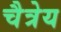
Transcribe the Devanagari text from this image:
चैत्रेय